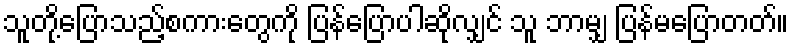
သူတို့ပြောသည့်စကားတွေကို ပြန်ပြောပါဆိုလျှင် သူ ဘာမျှ ပြန်မပြောတတ်။